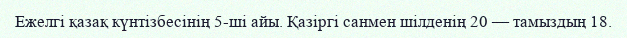
Ежелгі қазақ күнтізбесінің 5-ші айы. Қазіргі санмен шілденің 20 — тамыздың 18.